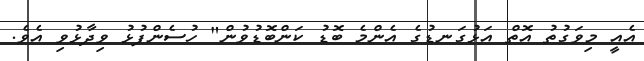
އެއީ މިވަގުތު އޮތް އަޅުގަނޑުގެ އެންމެ ބޮޑު ކަންބޮޑުވުން" ހުސެންފުޅު ވިދާޅުވި އެވެ.